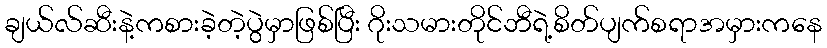
ချယ်လ်ဆီးနဲ့ကစားခဲ့တဲ့ပွဲမှာဖြစ်ပြီး ဂိုးသမားတိုင်ဘီရဲ့စိတ်ပျက်စရာအမှားကနေ